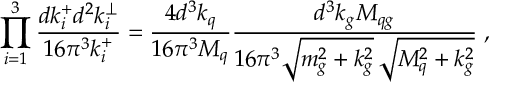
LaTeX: \prod _ { i = 1 } ^ { 3 } { \frac { d k _ { i } ^ { + } d ^ { 2 } k _ { i } ^ { \perp } } { 1 6 \pi ^ { 3 } k _ { i } ^ { + } } } = { \frac { 4 d ^ { 3 } k _ { q } } { 1 6 \pi ^ { 3 } { \cal M } _ { q } } } { \frac { d ^ { 3 } k _ { g } { \cal M } _ { q g } } { 1 6 \pi ^ { 3 } \sqrt { m _ { g } ^ { 2 } + k _ { g } ^ { 2 } } \, \sqrt { { \cal M } _ { q } ^ { 2 } + k _ { g } ^ { 2 } } } } \; ,